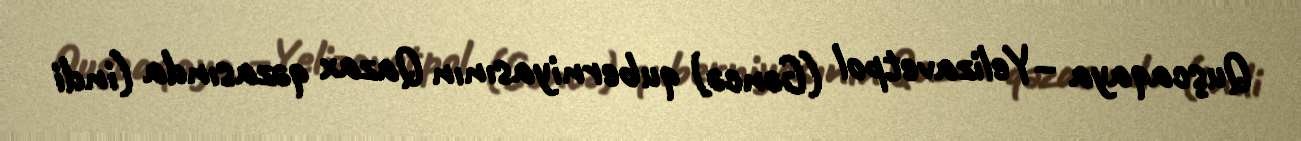
Quşcaqaya –Yelizavetpol (Gəncə) quberniyasının Qazax qəzasında (indi